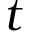
t